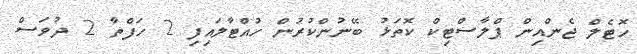
ހޮޓެލް ޖެންއިން ޕްލާސްޓިކް ކޮތަޅު ބޭނުންކުރުން ހުއްޓާލައިފި 2 ހަފްތާ 2 ދުވަސް